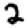
Digit: 2